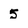
Character: 5